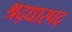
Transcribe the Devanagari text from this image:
श्रद्धास्पद